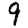
Digit: 9